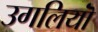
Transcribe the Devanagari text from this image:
उगलियॊं